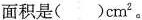
面积是( )cm^{2}。